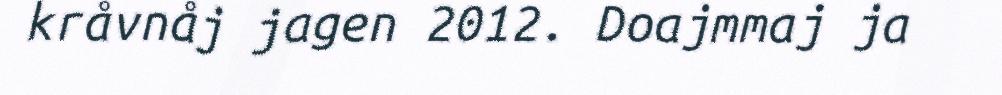
kråvnåj jagen 2012. Doajmmaj ja